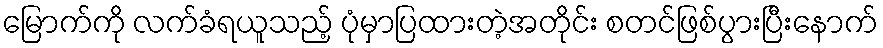
မြောက်ကို လက်ခံရယူသည့် ပုံမှာပြထားတဲ့အတိုင်း စတင်ဖြစ်ပွားပြီးနောက်